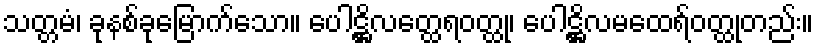
သတ္တမံ၊ ခုနစ်ခုမြောက်သော။ ပေါဋ္ဌိလတ္ထေရဝတ္ထု၊ ပေါဋ္ဌိလမထေရ်ဝတ္ထုတည်း။